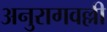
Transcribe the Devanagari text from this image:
अनुरागवल्ली